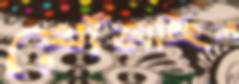
খোঁড়াচ্ছিল